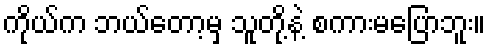
ကိုယ်က ဘယ်တော့မှ သူတို့နဲ့ စကားမပြောဘူး။